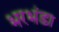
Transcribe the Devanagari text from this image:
भरभंडा